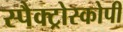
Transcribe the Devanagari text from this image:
स्पैक्ट्रोस्कोपी